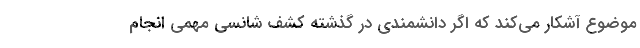
موضوع آشکار می‌کند که اگر دانشمندی در گذشته کشف شانسیِ مهمی انجام